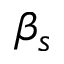
\beta _ { s }